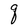
Character: q